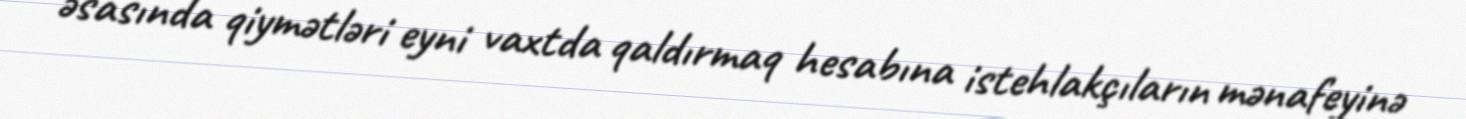
əsasında qiymətləri eyni vaxtda qaldırmaq hesabına istehlakçıların mənafeyinə